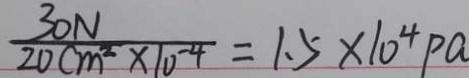
\frac { 3 0 N } { 2 0 c m ^ { 2 } \times 1 0 ^ { - 4 } } = 1 . 5 \times 1 0 ^ { 4 } P a